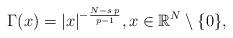
LaTeX: \begin{align*}\Gamma(x)=|x|^{-\frac{N-s\,p}{p-1}},x\in\mathbb{R}^N\setminus\{0\},\end{align*}